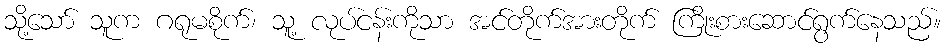
သို့သော် သူက ဂရုမစိုက်၊ သူ့ လုပ်ငန်းကိုသာ အင်တိုက်အားတိုက် ကြိုးစားဆောင်ရွက်နေသည်။